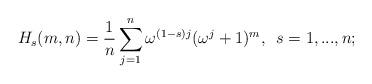
LaTeX: \begin{align*} H_s(m,n)= \frac{1}{n}\sum_{j=1}^n\omega^{(1-s)j} (\omega^j+1)^m, \enskip s=1,...,n; \end{align*}